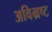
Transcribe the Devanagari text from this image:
अविभ्रष्ट